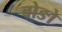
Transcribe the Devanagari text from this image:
बोङो